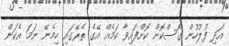
އަދި ފުލުހުން ގޯސްކޮށް ކޮށްފައިވާ ކަމެއް އޭގެ ތެރޭގައި ހިމެނޭ ނަމަ އެކަން